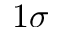
1 \sigma